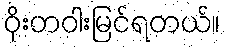
ဝိုးတဝါးမြင်ရတယ်။